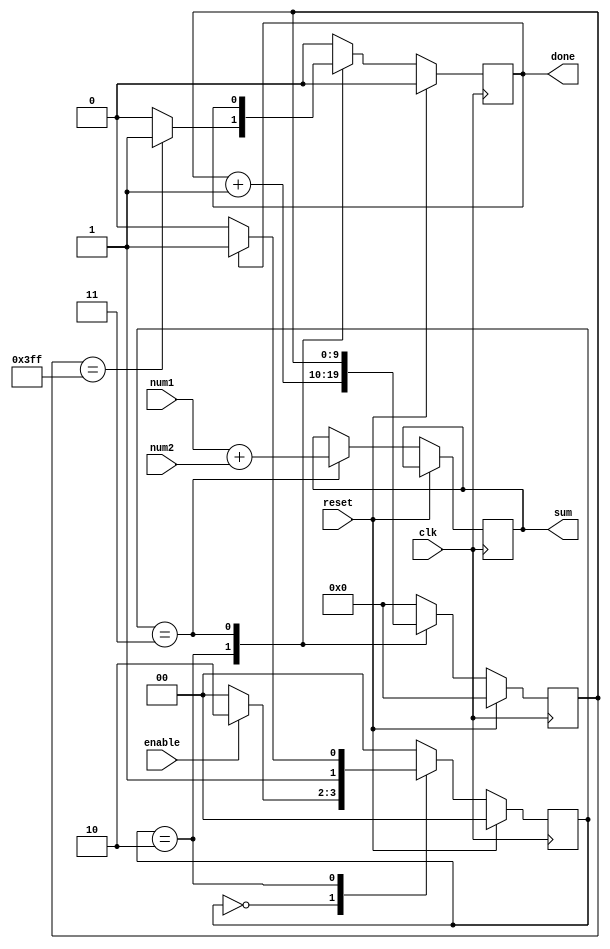
module add(
    input clk,
    input reset,
    input [2:0] num1,
    input [2:0] num2,
    input enable,
    output done,
    output reg [2:0] sum
    
);
reg reg_done;
reg [9:0] count;

localparam IDLE = 2'b00;
localparam BUSY = 2'b10;
localparam DONE = 2'b11;
// assign busy = (current_state == BUSY) ? 1 : 0;

assign done = reg_done;

reg [1:0] current_state;
reg [1:0] next_state;

always @(posedge clk )
    begin
        if(reset)
            current_state <= IDLE;
        else 
            current_state <= next_state;
    end

always @(enable, reg_done) begin
    case(current_state)
        IDLE: begin
            if (enable) begin
                next_state <= BUSY;
            end else begin
                next_state <= IDLE;
            end
        end

        BUSY: begin
            if (reg_done) begin
                next_state <= DONE;
            end else begin
                next_state <= BUSY;
            end
        end

        DONE: begin
            next_state <= IDLE;
        end
		default: next_state <= IDLE;
    endcase
end


always @(posedge clk) begin
    if (reset) begin
        reg_done    <= 1'b0;
        count       <= 10'h000;
    end
    else begin
        case (current_state)
            IDLE: begin
                reg_done    <= 1'b0;
				count       <= 10'h000;
            end    

            BUSY: begin
                count <= count + 1; 
                if (count == 10'h3FF) begin
                    reg_done <= 1'b1;
                end else begin
                    reg_done <= 1'b0;
                end
            end

            DONE: begin
                sum <= num1 + num2;
            end
			default: begin
				reg_done    <= 1'b0;
				count       <= 10'h000;
			end
        endcase   
    end
end
endmodule
/* verilator lint_off EOFNEWLINE */
// `default_nettype wire